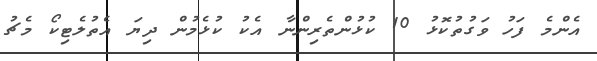
އެންމެ ފަހު ވަގުތުކޮޅު 10 ކުޅުންތެރިންނާ އެކު ކުޅެމުން ދިޔަ އެތުލެޓިކޯ މެޗު